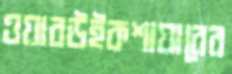
ওয়ারউইকশায়ারের